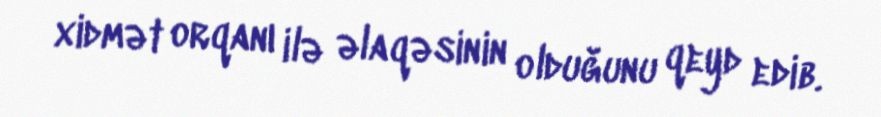
xidmət orqanı ilə əlaqəsinin olduğunu qeyd edib.